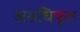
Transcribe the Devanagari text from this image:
असधिकृत